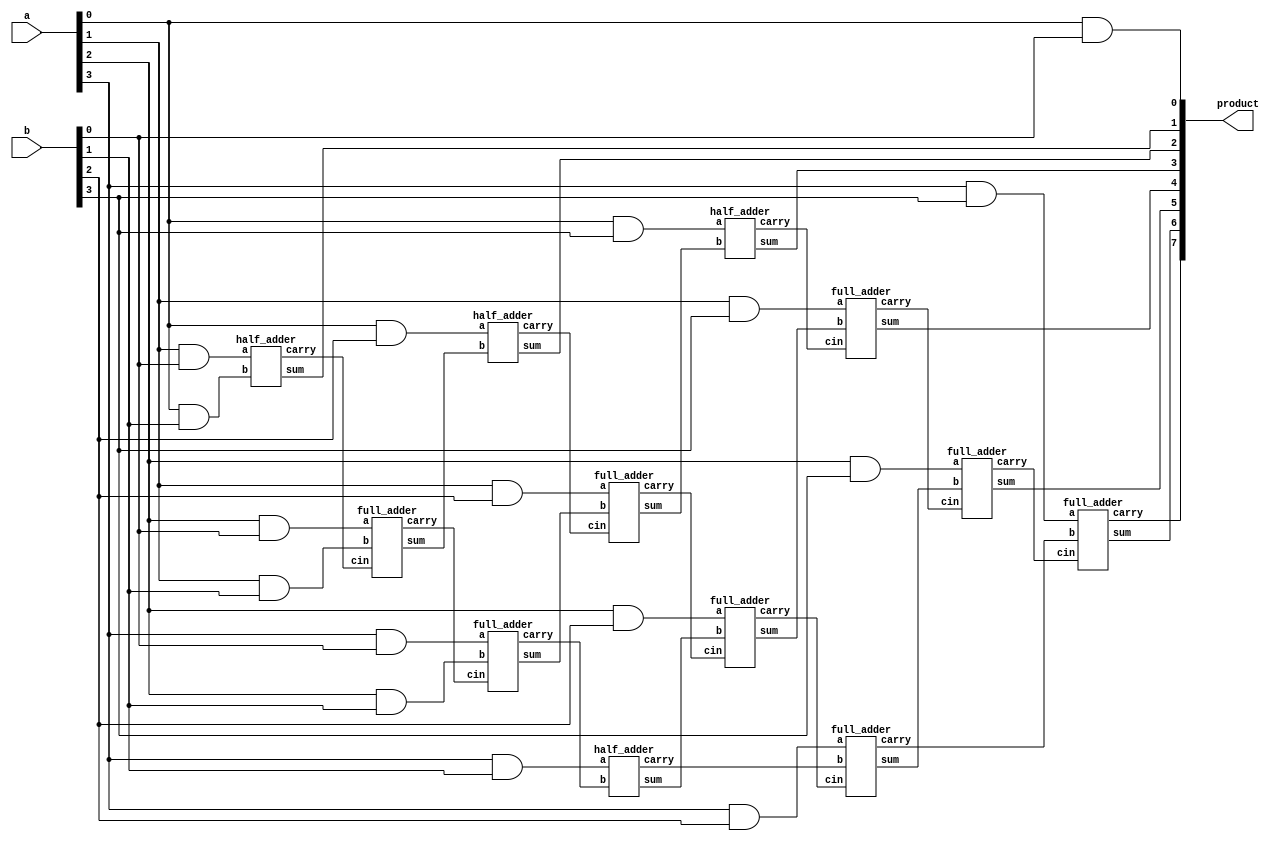
`timescale 1ns / 1ps

module Multiplier_4bit(
input [3:0] a,
input [3:0] b,
output [7:0] product
    );
    wire [14:0] w;
    wire [7:0] p;
    wire [10:0] c;
    wire [5:0] s;
    
    and(p[0], a[0],b[0]);
    and(w[0], a[1],b[0]);
    and(w[1], a[2],b[0]);
    and(w[2], a[3],b[0]);
    
    and(w[3], a[0],b[1]);
    and(w[4], a[1],b[1]);
    and(w[5], a[2],b[1]);
    and(w[6], a[3],b[1]);
    
    half_adder ha1(w[0],w[3],p[1],c[0]);
    full_adder fa1(w[1],w[4],c[0],s[0],c[1]); 
    full_adder fa2(w[2],w[5],c[1],s[1],c[2]);
    half_adder ha2(w[6],c[2],s[2],c[3]);
    
    and(w[7], a[0],b[2]);
    and(w[8], a[1],b[2]);
    and(w[9], a[2],b[2]);
    and(w[10], a[3],b[2]);
    
    half_adder ha3(w[7],s[0],p[2],c[4]);
    full_adder fa3(w[8],s[1],c[4],s[3],c[5]); 
    full_adder fa4(w[9],s[2],c[5],s[4],c[6]); 
    full_adder fa5(w[10],c[3],c[6],s[5],c[7]); 
    
    and(w[11], a[0],b[3]);
    and(w[12], a[1],b[3]);
    and(w[13], a[2],b[3]);
    and(w[14], a[3],b[3]);
    
    half_adder ha4(w[11],s[3],p[3],c[8]);
    full_adder fa6(w[12],s[4],c[8],p[4],c[9]); 
    full_adder fa7(w[13],s[5],c[9],p[5],c[10]); 
    full_adder fa8(w[14],c[7],c[10],p[6],p[7]); 
    
    assign product ={p[7:0]};
    
endmodule

module half_adder(
input a,b,
output sum,carry);

assign sum=a^b;
assign carry = a&b;

endmodule


module full_adder(
input a,b,cin,
output sum, carry);


assign sum = a^b^cin;
assign carry = (a&b) | (b&cin) | (cin&a);

endmodule